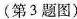
（第3题图）